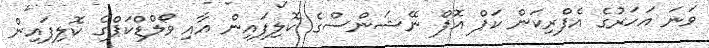
ވަނަ އަހަރުގެ އެފްރިކަން ކަޕް އޮފް ނޭޝަންސްގެ ކޮލިފައިން އާއި ވޯލްޑްކަޕްގެ ކޮލިފައިން